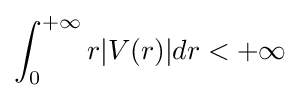
\int _{0}^{+\infty }r|V(r)|dr<+\infty